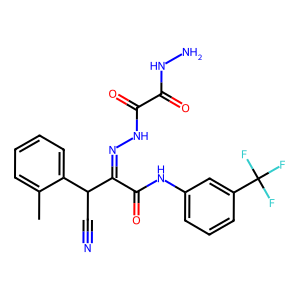
SMILES: Cc1ccccc1C(C#N)C(=NNC(=O)C(=O)NN)C(=O)Nc1cccc(C(F)(F)F)c1
Inhibits HIV replication: No